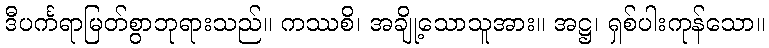
ဒီပင်္ကရာမြတ်စွာဘုရားသည်။ ကဿစိ၊ အချို့သောသူအား။ အဋ္ဌ၊ ရှစ်ပါးကုန်သော။